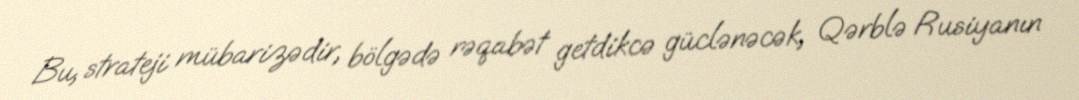
Bu, strateji mübarizədir, bölgədə rəqabət getdikcə güclənəcək, Qərblə Rusiyanın